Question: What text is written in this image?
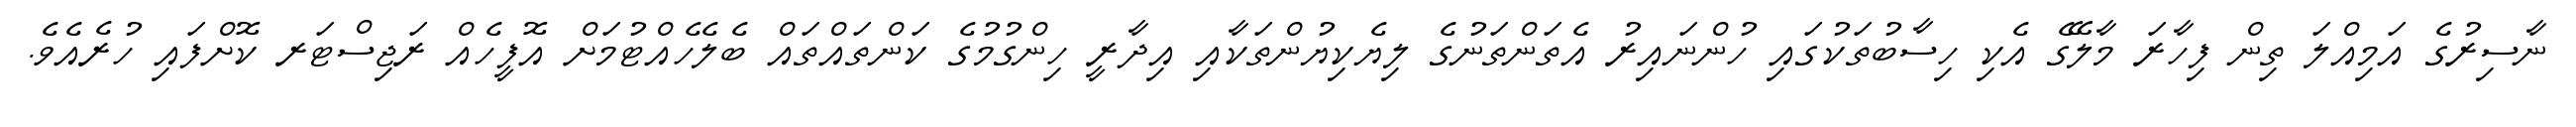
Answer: ނާސިރުގެ އަމިއްލަ ތިން ފިހާރަ މާލޭގެ އެކި ހިސާބުތަކުގައި ހުންނައިރު އެތަންތަނުގެ ލިޔެކިޔުންތަކާއި އިދާރީ ހިންގުމުގެ ކަންތައްތައް ބެލެހެއްޓުމަށް އޮފީހެއް ރަޖިސްޓަރ ކޮށްފައި ހުރެއެވެ.